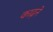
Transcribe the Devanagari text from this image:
काढ़ने